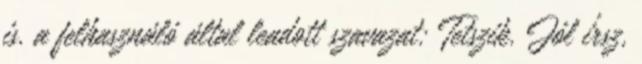
is. a felhasználó által leadott szavazat: Tetszik. Jól írsz,